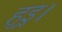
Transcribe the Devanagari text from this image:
हुइ्र।